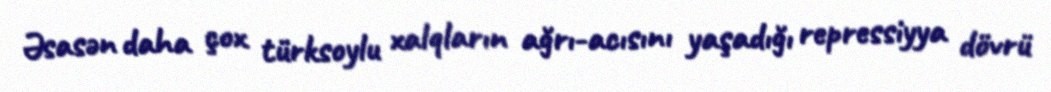
Əsasən daha çox türksoylu xalqların ağrı-acısını yaşadığı repressiyya dövrü